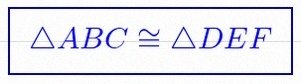
\triangle ABC\cong\triangle DEF